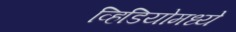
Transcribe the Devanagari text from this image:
व्हिडियोमध्ये